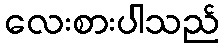
လေးစားပါသည်